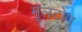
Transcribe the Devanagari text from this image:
मूलटोप